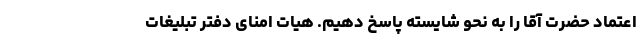
اعتماد حضرت آقا را به نحو شایسته پاسخ دهیم. هیات امنای دفتر تبلیغات